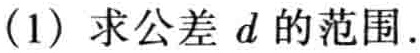
(1) 求公差 \(d\) 的范围.